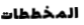
المخططات